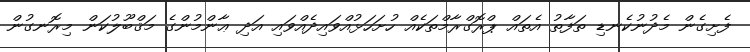
ފެށިގެން މެދުނުކެނޑި ތަފާތު އެތައް ޕްރޮގްރާމްތަކެއް ހުށަހަޅުއްވައިދެއްވައި އަދި ޢާންމުންގެ މަޤްބޫލުކަން މިރޮނގުން